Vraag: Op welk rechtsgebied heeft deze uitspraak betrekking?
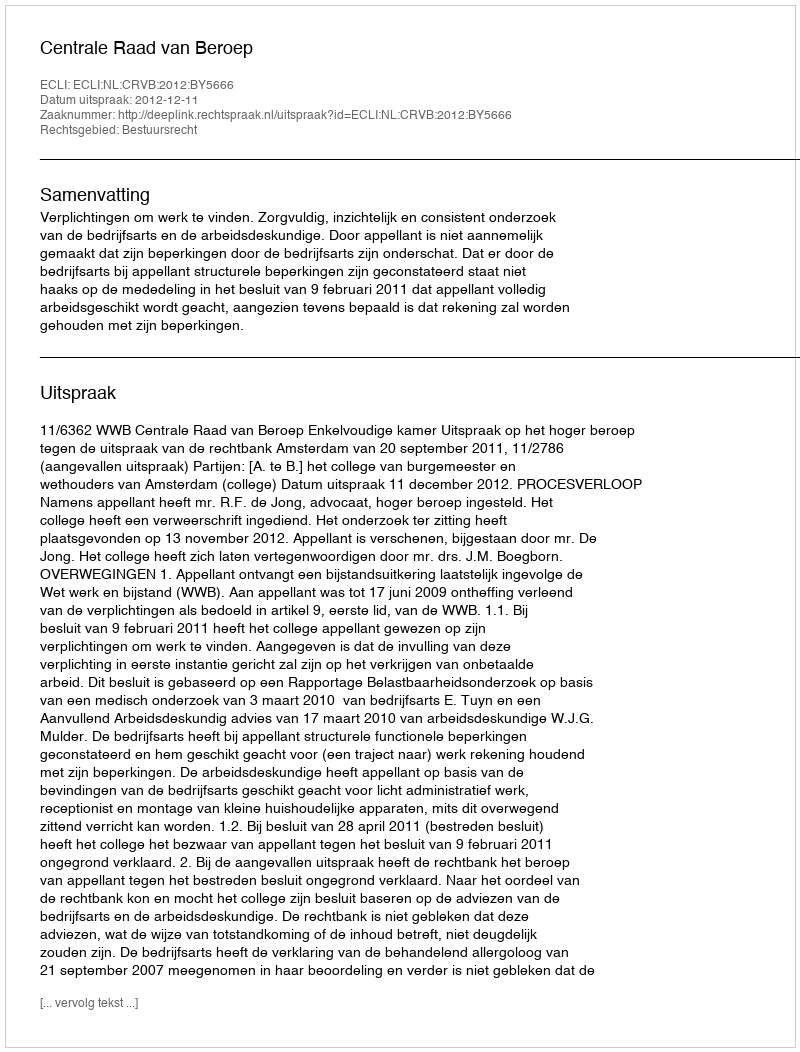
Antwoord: Bestuursrecht